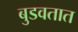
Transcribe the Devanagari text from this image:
बुडवतात